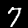
Label: 7